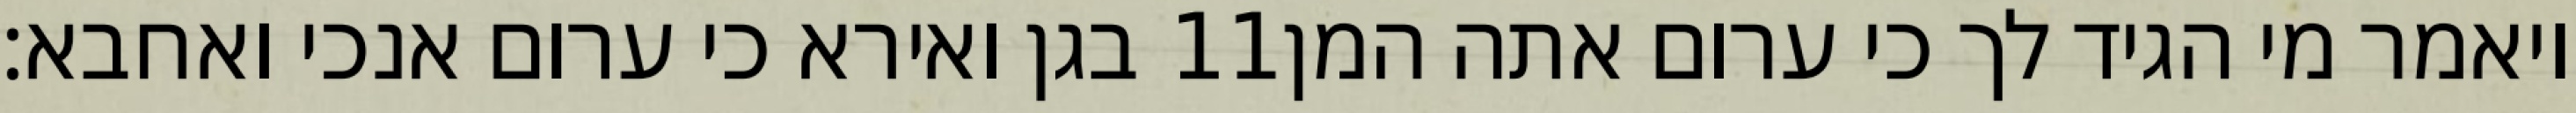
בגן ואירא כי ערום אנכי ואחבא׃ ‎11‏ ויאמר מי הגיד לך כי ערום אתה המן